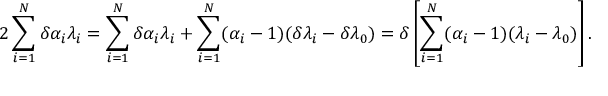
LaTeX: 2 \sum _ { i = 1 } ^ { N } \delta \alpha _ { i } \lambda _ { i } = \sum _ { i = 1 } ^ { N } \delta \alpha _ { i } \lambda _ { i } + \sum _ { i = 1 } ^ { N } ( \alpha _ { i } - 1 ) ( \delta \lambda _ { i } - \delta \lambda _ { 0 } ) = \delta \left[ \sum _ { i = 1 } ^ { N } ( \alpha _ { i } - 1 ) ( \lambda _ { i } - \lambda _ { 0 } ) \right] .